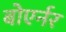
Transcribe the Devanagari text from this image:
बोएर्नर